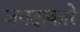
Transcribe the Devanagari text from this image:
जगदाकारे